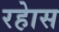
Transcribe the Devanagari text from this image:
रहेास